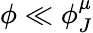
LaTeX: \phi\ll\phi_{J}^{\mu}